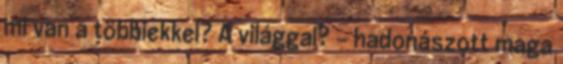
mi van a többiekkel? A világgal? – hadonászott maga